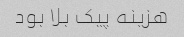
هزینه پیک بلا بود